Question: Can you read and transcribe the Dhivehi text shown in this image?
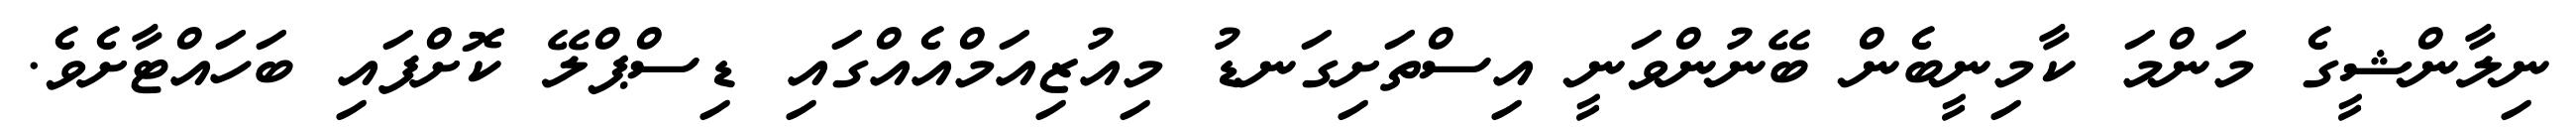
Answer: ނިލާންޝީގެ މަންމަ ކާމިނީބެން ބޭނުންވަނީ އިސްތަށިގަނޑު މިއުޒިއަމްއެއްގައި ޑިސްޕްލޭ ކޮށްފައި ބަހައްޓާށެވެ.